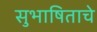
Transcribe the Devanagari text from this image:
सुभाषिताचे